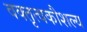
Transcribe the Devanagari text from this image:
वक्तृत्वकौशल्य